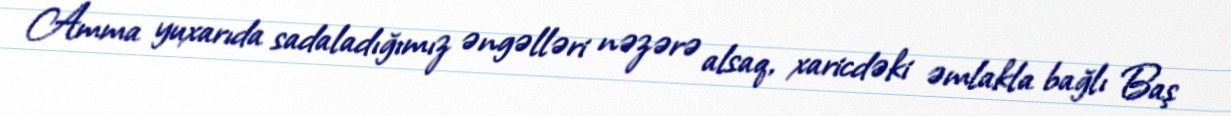
Amma yuxarıda sadaladığımız əngəlləri nəzərə alsaq, xaricdəki əmlakla bağlı Baş